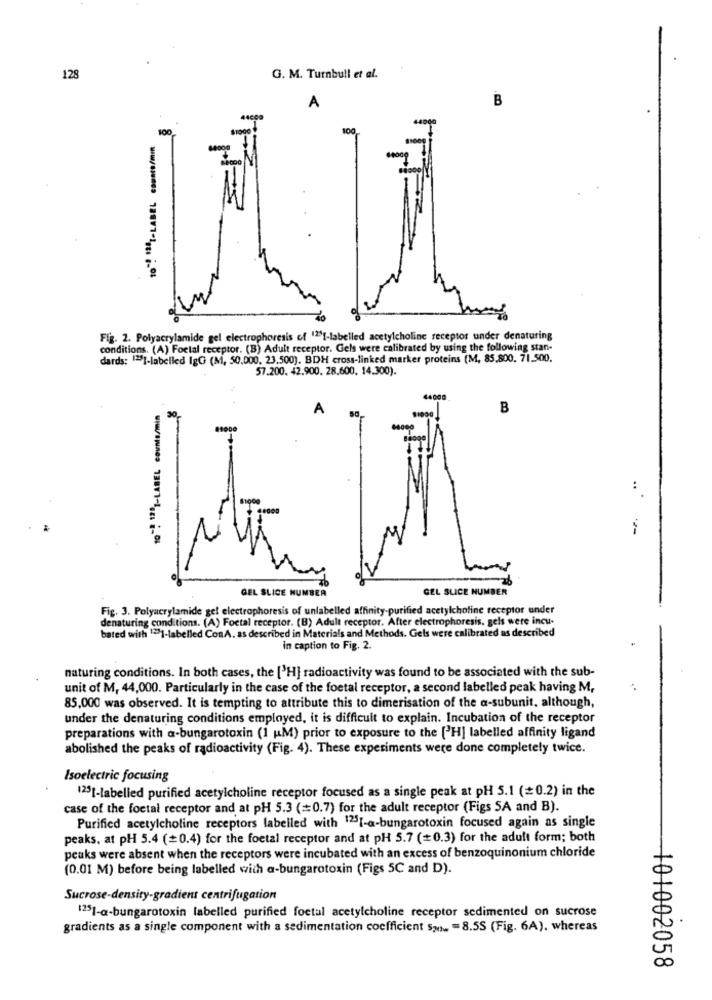
128
G. M. Turnbull et al.
B
A
44009
100
11000
Fig. 2. Polyacrylamide gel electrophoresis of 125g-labelled acetylcholine receptor under denaturing
conditions. (A) Foetal receptor. (B) Adult receptor. Gels were calibrated by using the following stan-
dards: [2]-labelled IgG (M, 50.000, 23.500). BDH cross-linked marker proteins (M, 85,800. 71.500.
57.200. 42.900. 28.600, 14.300).
10- 13"1-LABEL counts/min
A
B
.. ..
GEL SLICE NUMBER
GEL SLICE NUMBER
Fig. 3. Polyacrylamide gel electrophoresis of unlabelled affinity-purified acetylcholine receptor under
denaturing conditions. (A) Foetal receptor. (B) Adult receptor. After electrophoresis, gels were incu-
bated with 121-labelled ConA. as described in Materials and Methods. Gels were calibrated as described
in caption to Fig. 2.
naturing conditions. In both cases, the ['H] radioactivity was found to be associated with the sub-
unit of M, 44,000. Particularly in the case of the foetal receptor, a second labelled peak having M,
85,000 was observed. It is tempting to attribute this to dimerisation of the a-subunit, although,
under the denaturing conditions employed, it is difficult to explain. Incubation of the receptor
preparations with a-bungarotoxin (1 M) prior to exposure to the [3H] labelled affinity ligand
abolished the peaks of radioactivity (Fig. 4). These experiments were done completely twice.
Isoelectric focusing
123 1-labelled purified acetylcholine receptor focused as a single peak at pH 5.1 (#0.2) in the
case of the foetal receptor and at pH 5.3 (=0.7) for the adult receptor (Figs SA and B).
Purified acetylcholine receptors labelled with 1251-a-bungarotoxin focused again as single
peaks, at pH 5.4 (=0.4) for the foetal receptor and at pH 5.7 (+0.3) for the adult form; both
peaks were absent when the receptors were incubated with an excess of benzoquinonium chloride
(0.01 M) before being labelled with a-bungarotoxin (Figs 5C and D).
Sucrose-density-gradient centrifugation
1251-a-bungarotoxin labelled purified foetul acetylcholine receptor sedimented on sucrose
gradients as a single component with a sedimentation coefficient San =8.55 (Fig. 6A). whereas
101002058